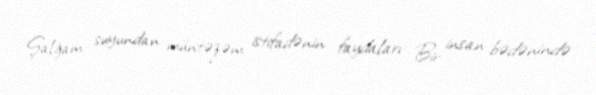
Şalğam suyundan müntəzəm istifadənin faydaları: Bir insan bədənində